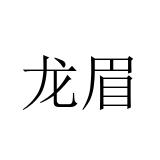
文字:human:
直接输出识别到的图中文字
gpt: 龙眉